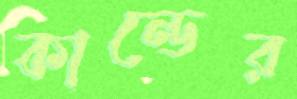
কান্ডের